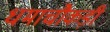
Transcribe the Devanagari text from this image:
धमाचौकड़ी